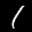
Label: 1